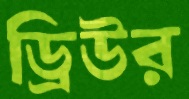
ড্রিউর